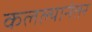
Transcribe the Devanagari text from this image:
कलल्यानंतर